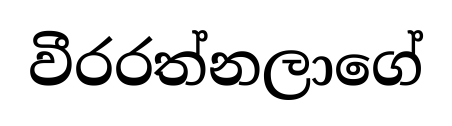
වීරරත්නලාගේ